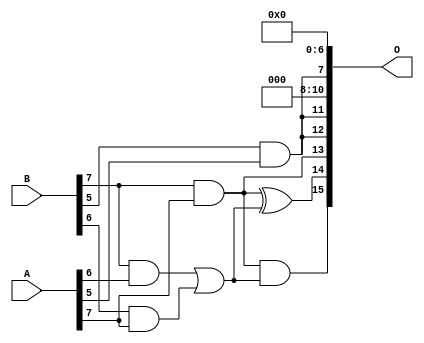
/***
* This code is a part of EvoApproxLib library (ehw.fit.vutbr.cz/approxlib) distributed under The MIT License.
* When used, please cite the following article(s): V. Mrazek, R. Hrbacek, Z. Vasicek and L. Sekanina, "EvoApprox8b: Library of approximate adders and multipliers for circuit design and benchmarking of approximation methods". Design, Automation & Test in Europe Conference & Exhibition (DATE), 2017, Lausanne, 2017, pp. 258-261. doi: 10.23919/DATE.2017.7926993 
* This file contains a circuit from a sub-set of pareto optimal circuits with respect to the pwr and mae parameters
***/
// MAE% = 6.53 %
// MAE = 4276 
// WCE% = 27.15 %
// WCE = 17793 
// WCRE% = 512.50 %
// EP% = 99.21 %
// MRE% = 53.17 %
// MSE = 29320.446e3 
// PDK45_PWR = 0.0041 mW
// PDK45_AREA = 18.8 um2
// PDK45_DELAY = 0.11 ns

module mul8u_17MJ (
    A,
    B,
    O
);

input [7:0] A;
input [7:0] B;
output [15:0] O;

wire sig_248,sig_295,sig_297,sig_298,sig_330,sig_333,sig_334;

assign sig_248 = B[7] & A[6];
assign sig_295 = B[5] & A[5];
assign sig_297 = B[6] & A[7];
assign sig_298 = B[7] & A[7];
assign sig_330 = sig_248 | sig_297;
assign sig_333 = sig_298 & sig_330;
assign sig_334 = sig_298 ^ sig_330;

assign O[15] = sig_333;
assign O[14] = sig_334;
assign O[13] = sig_298;
assign O[12] = sig_295;
assign O[11] = sig_295;
assign O[10] = 1'b0;
assign O[9] = 1'b0;
assign O[8] = 1'b0;
assign O[7] = sig_295;
assign O[6] = 1'b0;
assign O[5] = 1'b0;
assign O[4] = 1'b0;
assign O[3] = 1'b0;
assign O[2] = 1'b0;
assign O[1] = 1'b0;
assign O[0] = 1'b0;

endmodule